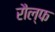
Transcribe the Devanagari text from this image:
रौल्फ